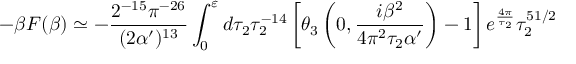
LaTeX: - \beta { \cal F } ( \beta ) \simeq - \frac { 2 ^ { - 1 5 } \pi ^ { - 2 6 } } { ( 2 \alpha ^ { \prime } ) ^ { 1 3 } } \int _ { 0 } ^ { \varepsilon } d \tau _ { 2 } \tau _ { 2 } ^ { - 1 4 } \left[ \theta _ { 3 } \left( 0 , \frac { i \beta ^ { 2 } } { 4 \pi ^ { 2 } \tau _ { 2 } \alpha ^ { \prime } } \right) - 1 \right] e ^ { \frac { 4 \pi } { \tau _ { 2 } } } \tau _ { 2 } ^ { 5 1 / 2 }